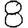
Digit: 8